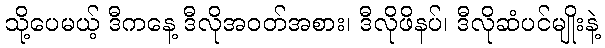
သို့ပေမယ့် ဒီကနေ့ ဒီလိုအဝတ်အစား၊ ဒီလိုဖိနပ်၊ ဒီလိုဆံပင်မျိုးနဲ့